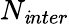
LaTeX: N_{\mathit{i}nter}